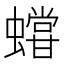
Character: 𧒩